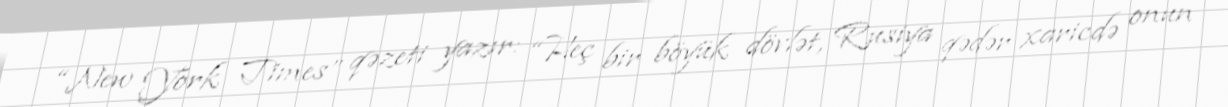
“New York Times” qəzeti yazır: “Heç bir böyük dövlət, Rusiya qədər xaricdə onun